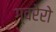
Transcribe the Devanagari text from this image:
ग्वरेरो